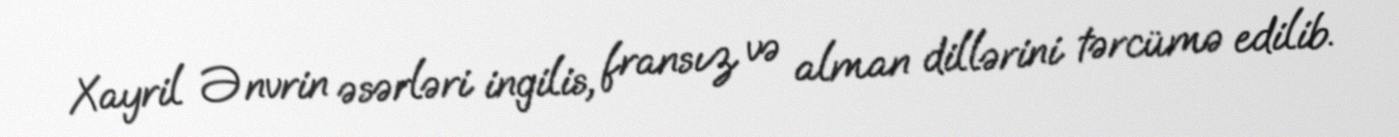
Xayril Ənvrin əsərləri ingilis, fransız və alman dillərini tərcümə edilib.